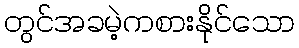
တွင်အခမဲ့ကစားနိုင်သော